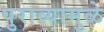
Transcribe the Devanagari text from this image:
पुराव्यामुळे